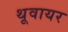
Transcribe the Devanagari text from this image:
थूवायर